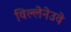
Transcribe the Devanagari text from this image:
विल्लेनेउवे